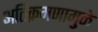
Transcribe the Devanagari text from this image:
अतिक्रमणामु़ळे